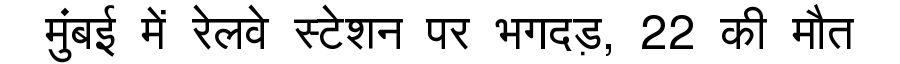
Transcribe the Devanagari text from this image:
मुंबई में रेलवे स्टेशन पर भगदड़, 22 की मौत